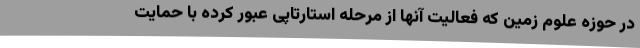
در حوزه علوم زمین که فعالیت آنها از مرحله استارتاپی عبور کرده با حمایت